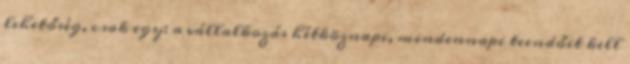
lehetőség, csak egy: a vállalkozás hétköznapi, mindennapi teendőit kell